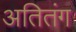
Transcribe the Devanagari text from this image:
अतितंग